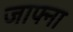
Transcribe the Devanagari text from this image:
जाफ्ना